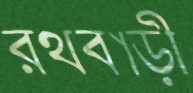
রথবাড়ী